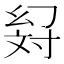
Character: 𢇉